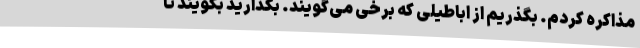
مذاکره کردم. بگذریم از اباطیلی که برخی می‌گویند. بگذارید بگویند تا